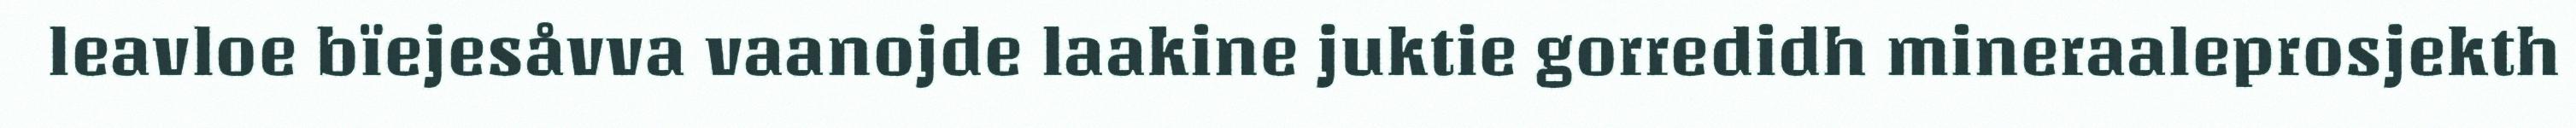
leavloe bïejesåvva vaanojde laakine juktie gorredidh mineraaleprosjekth